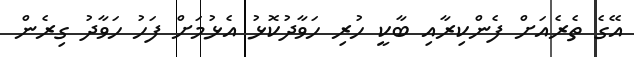
އޭގެ ތެރެއަށް ފެންކިރާއި ބާކީ ހުރި ހަވާދުކޮޅު އެޅުމަށް ފަހު ހަވާދު ގިރެން